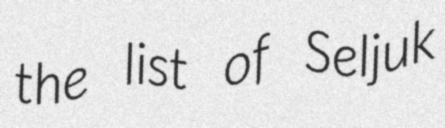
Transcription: the list of Seljuk